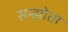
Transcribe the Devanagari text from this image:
सम्झोता